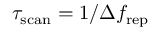
\tau _ { \mathrm { s c a n } } = 1 / \Delta f _ { \mathrm { r e p } }